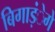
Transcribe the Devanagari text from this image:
बिगाड़ंेगे